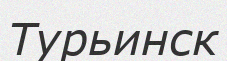
Турьинск